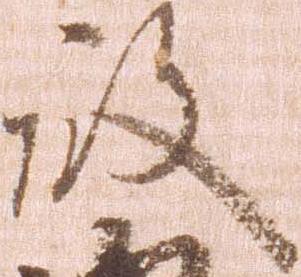
殿